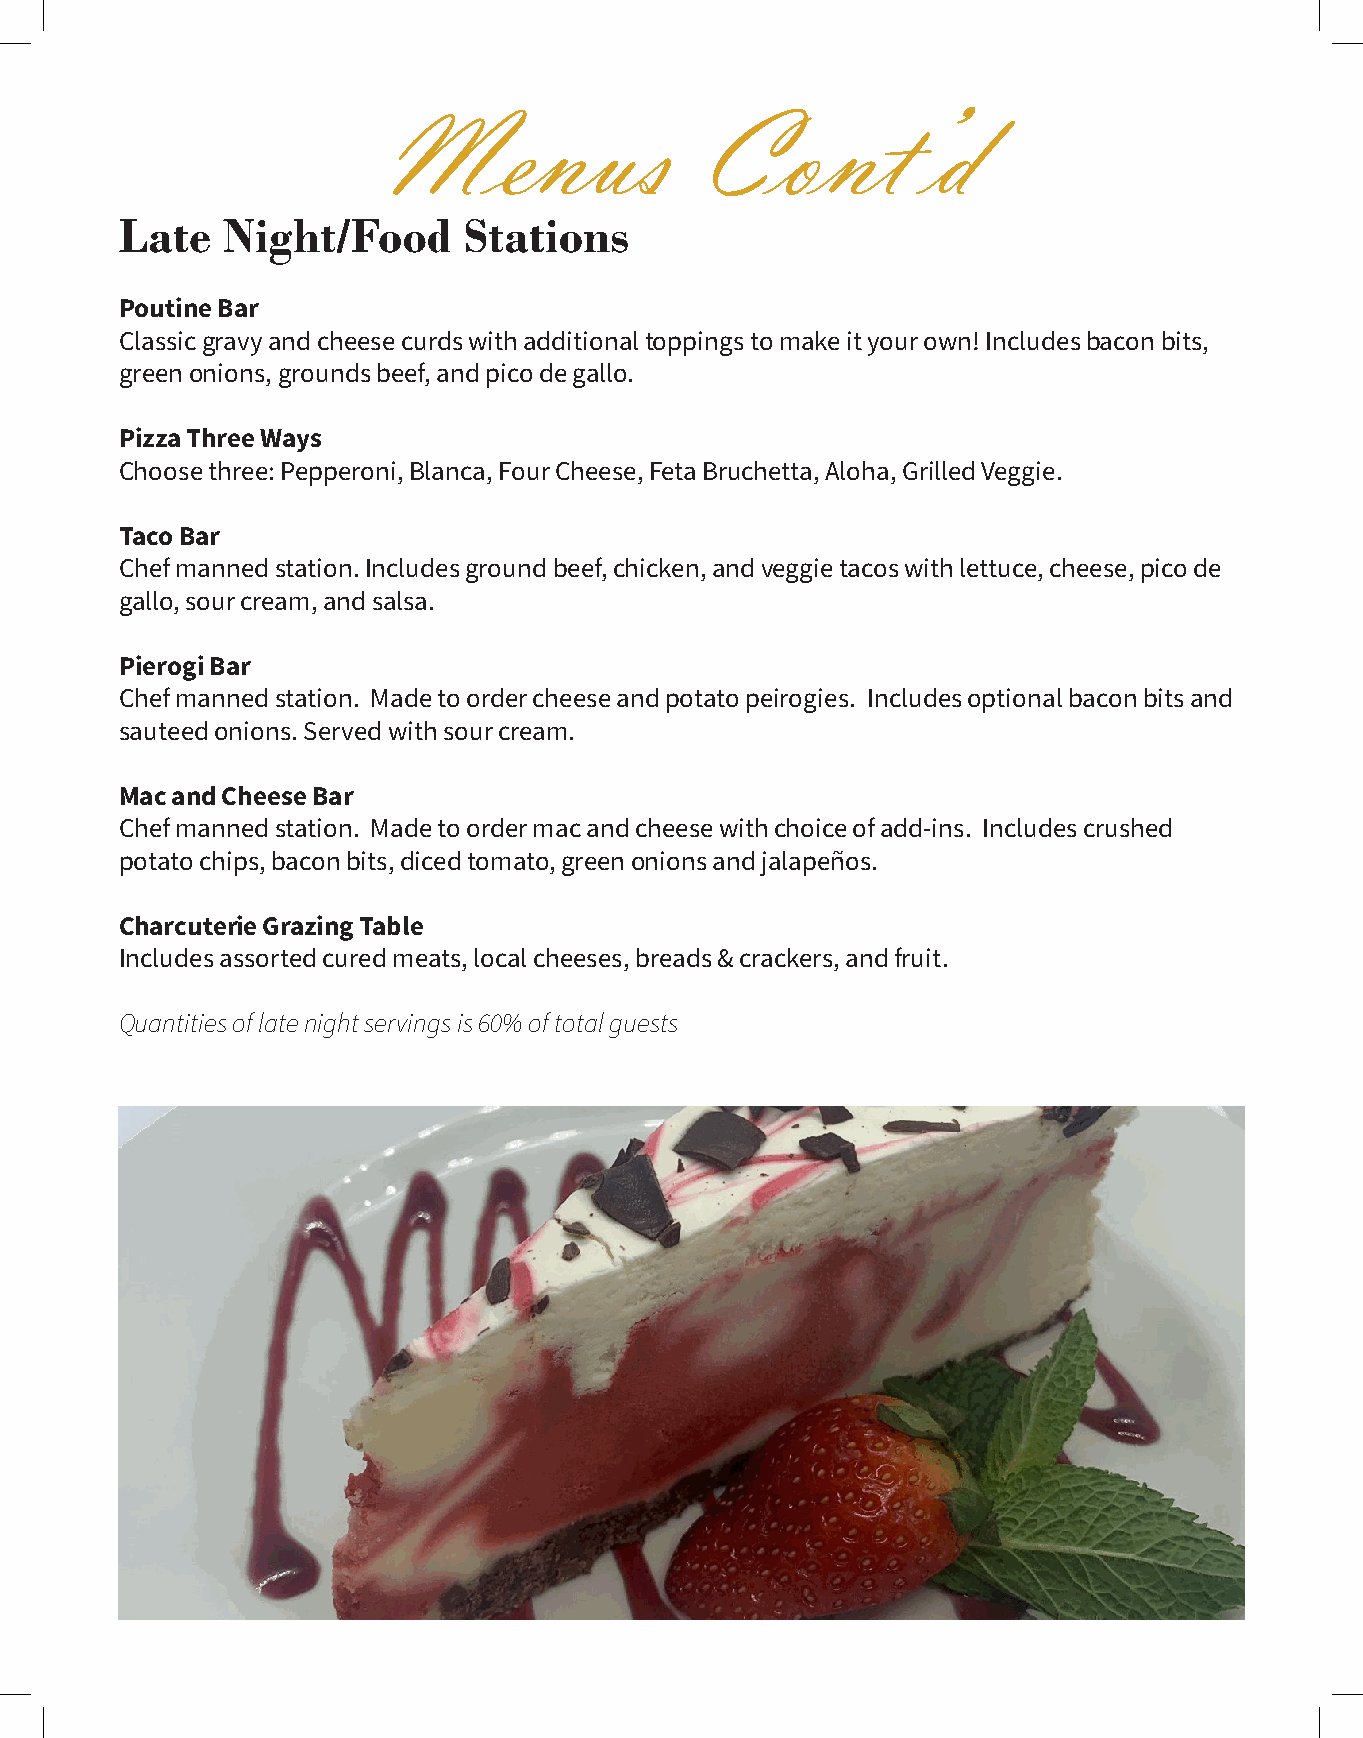
Menus               Cont’d
 Late   Night/Food      Stations
 Poutine Bar
 Classic gravy and cheese curds with additional toppings to make it your own! Includes bacon bits,
 green onions, grounds beef, and pico de gallo.
 Pizza Three Ways
 Choose three: Pepperoni, Blanca, Four Cheese, Feta Bruchetta, Aloha, Grilled Veggie.
 Taco Bar
 Chef manned station. Includes ground beef, chicken, and veggie tacos with lettuce, cheese, pico de
 gallo, sour cream, and salsa.
 Pierogi Bar
 Chef manned station. Made to order cheese and potato peirogies. Includes optional bacon bits and
 sauteed onions. Served with sour cream.
 Mac and Cheese Bar
 Chef manned station. Made to order mac and cheese with choice of add-ins. Includes crushed
 potato chips, bacon bits, diced tomato, green onions and jalapeños.
 Charcuterie Grazing Table
 Includes assorted cured meats, local cheeses, breads & crackers, and fruit.
 Quantities of late night servings is 60% of total guests